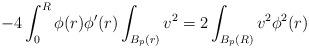
LaTeX: \begin{align*} -4\int _{0}^{R}\phi (r)\phi '(r)\int _{B_p(r)}v^2=2\int _{B_p(R)}v^2\phi ^2(r)\end{align*}